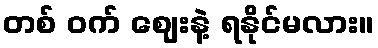
တစ် ဝက် ဈေးနဲ့ ရနိုင်မလား။